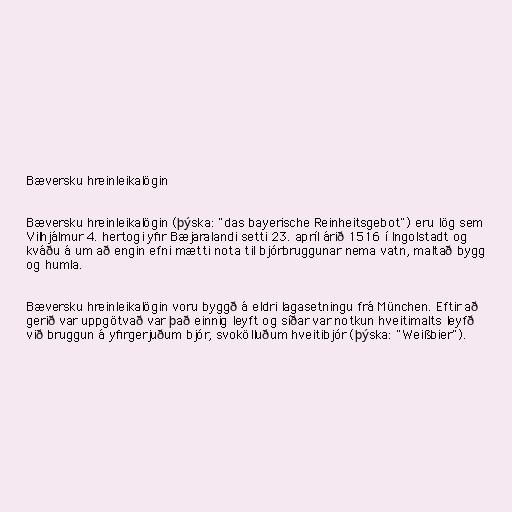
Bæversku hreinleikalögin

Bæversku hreinleikalögin (þýska: "das bayerische Reinheitsgebot") eru lög sem
Vilhjálmur 4. hertogi yfir Bæjaralandi setti 23. apríl árið 1516 í Ingolstadt og
kváðu á um að engin efni mætti nota til bjórbruggunar nema vatn, maltað bygg
og humla.

Bæversku hreinleikalögin voru byggð á eldri lagasetningu frá München. Eftir að
gerið var uppgötvað var það einnig leyft og síðar var notkun hveitimalts leyfð
við bruggun á yfirgerjuðum bjór, svokölluðum hveitibjór (þýska: "Weißbier").